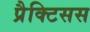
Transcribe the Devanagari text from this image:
प्रैक्टिसस